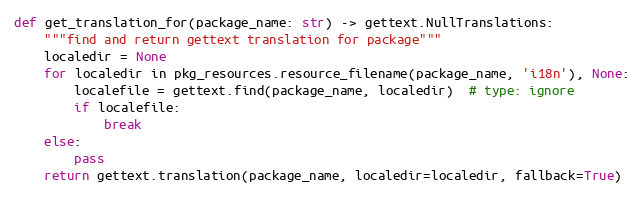
Language: Python
def get_translation_for(package_name: str) -> gettext.NullTranslations:
    """find and return gettext translation for package"""
    localedir = None
    for localedir in pkg_resources.resource_filename(package_name, 'i18n'), None:
        localefile = gettext.find(package_name, localedir)  # type: ignore
        if localefile:
            break
    else:
        pass
    return gettext.translation(package_name, localedir=localedir, fallback=True)